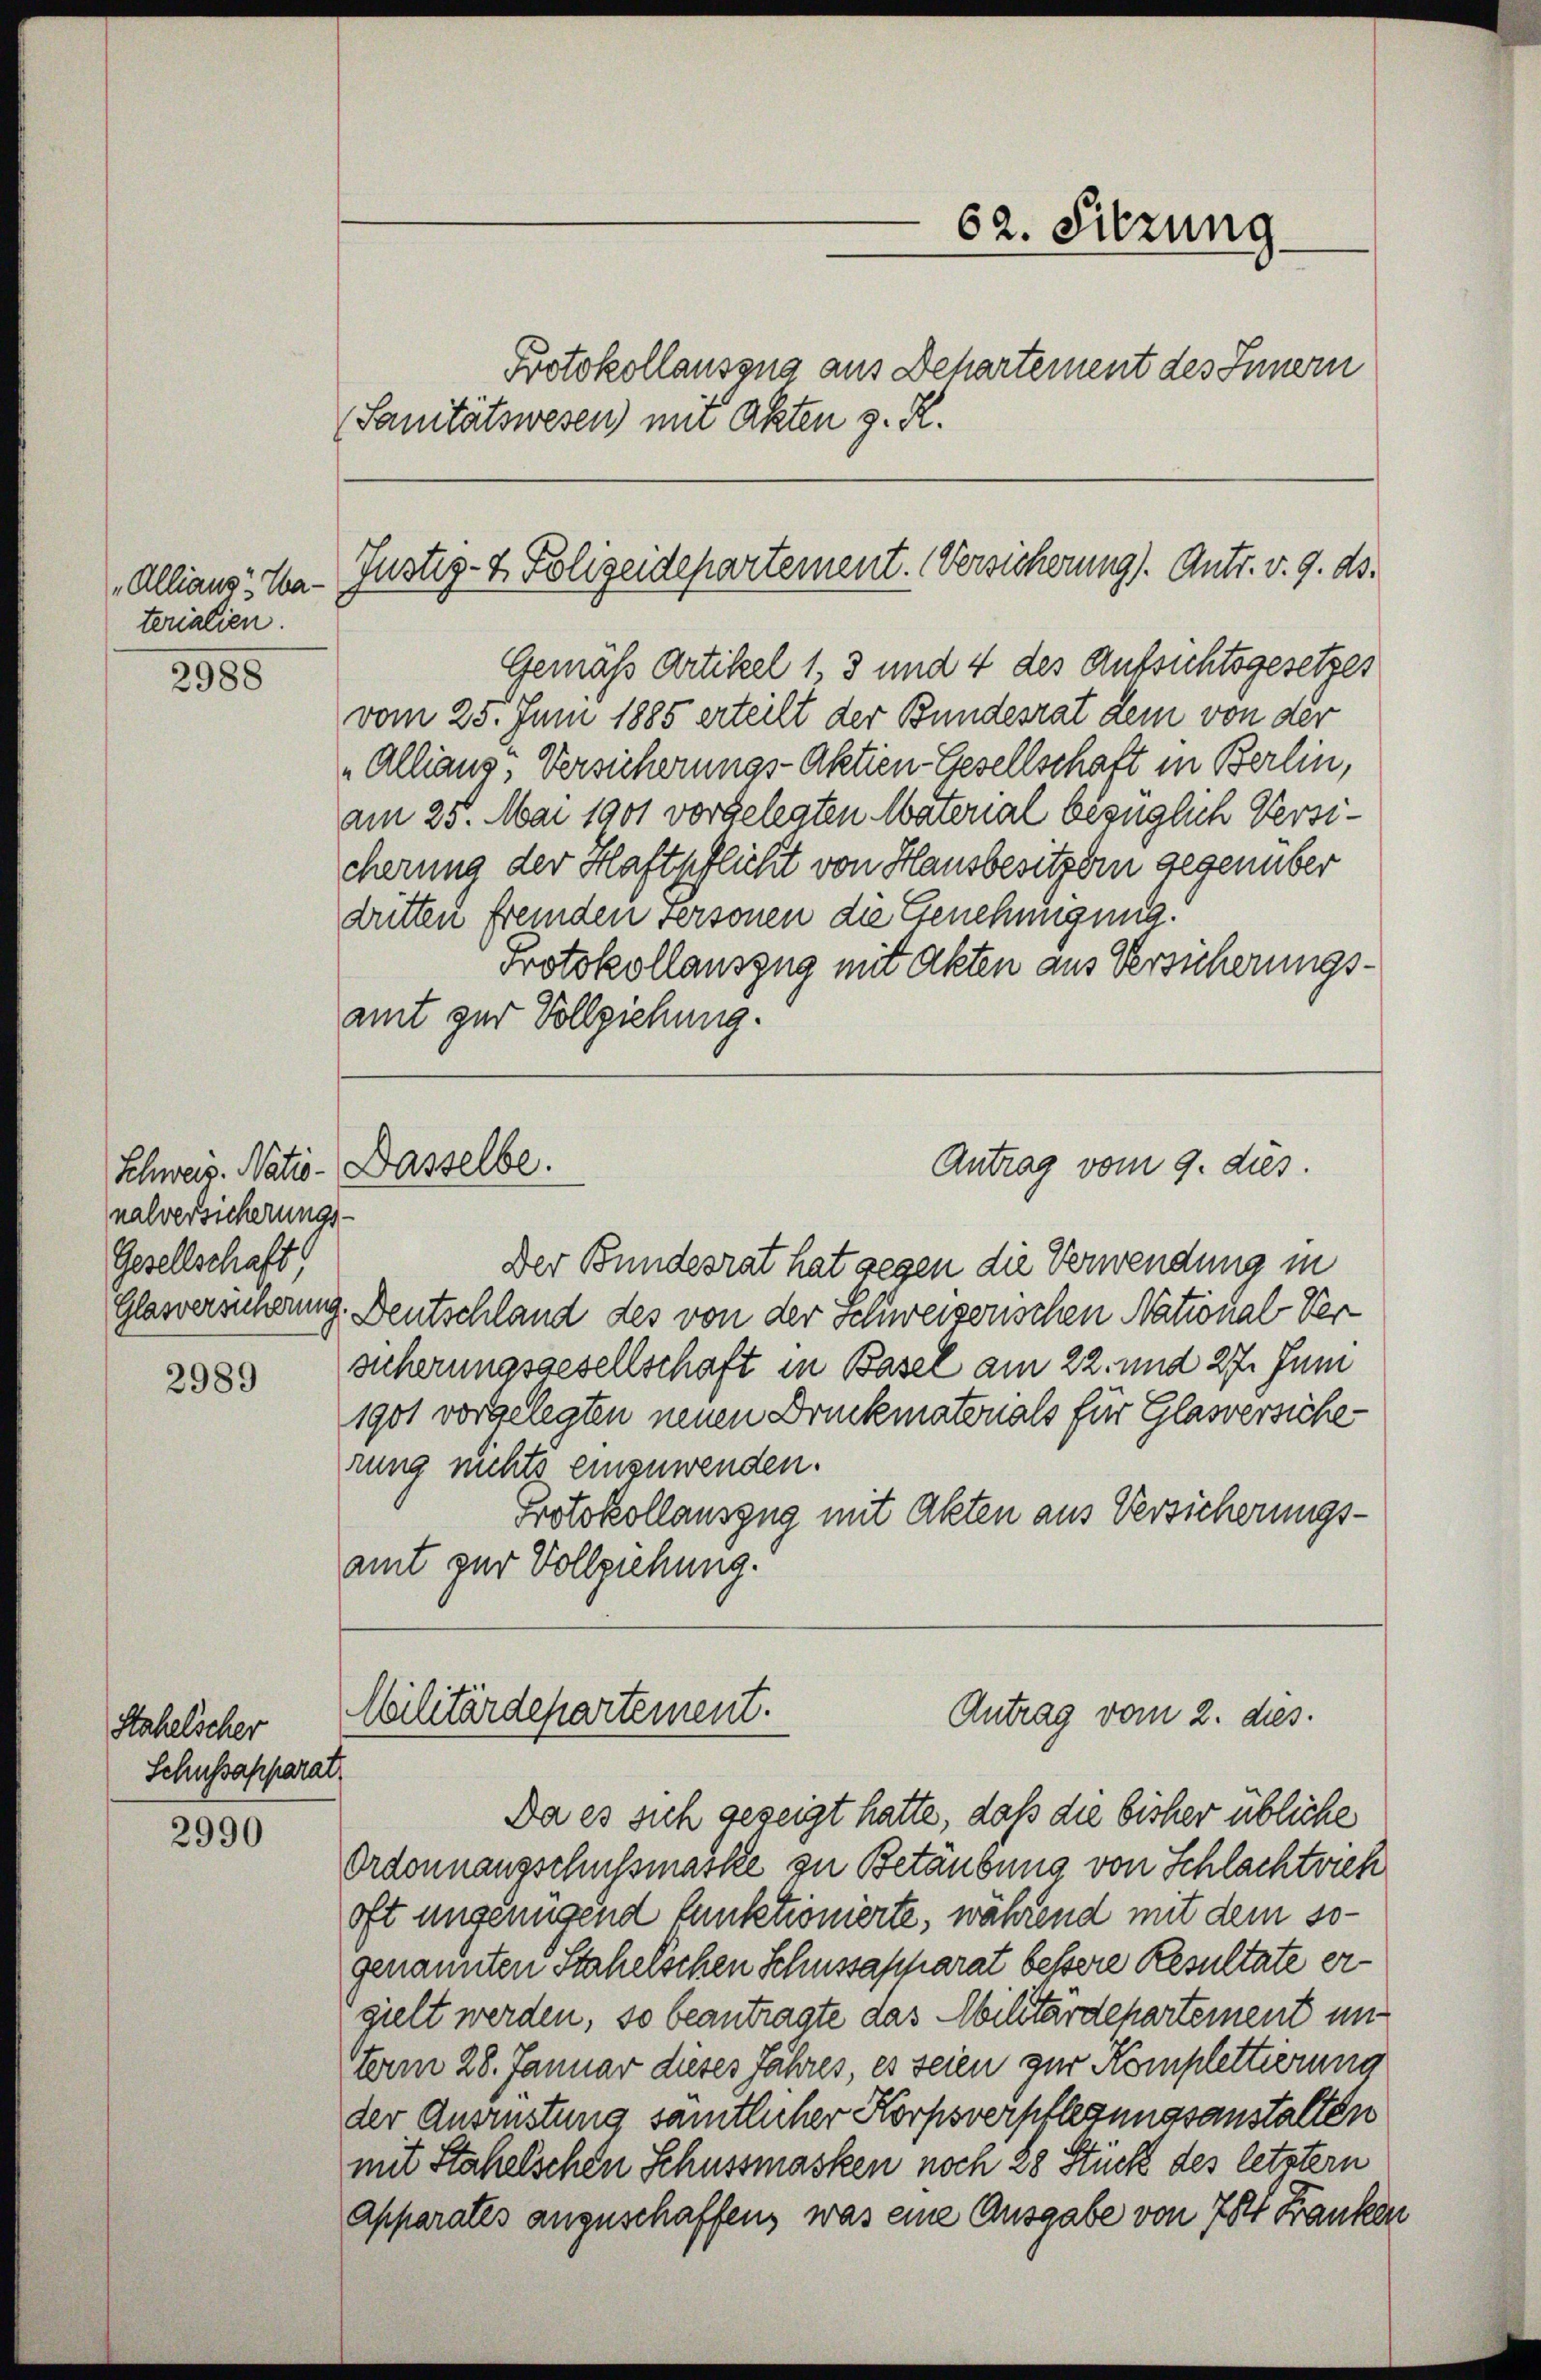
Allians Waterialien.

2988

2989

2990

nalversicherungs-
Gesellschaft

Stahelscher
Schussapparat

Justiz- & Polizeidepartement. Versicherung). Antr. v. 9. ds.

Schweis. Natio- Dasselbe.

(Sanitätswesen) mit Akten z. R.

62. Sitzung.
.
Protokollauszug aus Dehartement des Innern

Gemäß Artikel 1, 3 und 4 des Aufsichtsgesetzes
vom 25. Juni 1885 erteilt der Bundesrat dem von der
„Alliang, Versicherungs-Aktien-Gesellschaft in Berlin,
am 25. Mai 1901 vorgelegten Material bezüglich Versicherung der Haftpflicht von Hausbesitzern gegenüber
dritten fremden Personen die Genehmigung.
Protokollauszug mit Akten aus Versicherungsamt zur Vollziehung.

Der Bundesrat hat gegen die Verwendung in
Glasversichtung. Deutschland des von der Schweizerischen National Ver-
sicherungsgesellschaft in Basel am 22. und 27. Juni
1901 vorgelegten neuen Druckmatonals für Glasversicherung nichts einzuwenden.
Protokollauszug mit Akten aus Versicherungsamt zur Vollziehung.

Antrag vom 9. dies

Cilitärdepartement.
Antrag vom 2. dies

Da es sich gezeigt hatte, daß die bisher übliche
Ordonnangschussmaske zu Betäubung von Schlachtvieh
oft ungenügend funktionierte, während mit dem sogenannten Stahelschen Schussascharat bessere Resultate ergielt werden, so beantragte das Militärdepartement unterm 28. Januar dieses Jahres, es seien zur Komplettierung
der Ausrüstung samtlicher Korpsverpflegungsanstalten
mit Stahelschen Schussmasken noch 20 Stück des letzter
Apparates anzuschaffen, was eine Ausgabe von 75 Franken